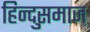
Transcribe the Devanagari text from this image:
हिन्दुसमाज